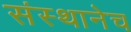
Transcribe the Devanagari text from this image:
संस्थानेच